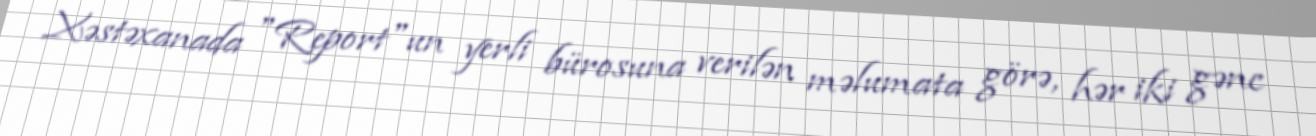
Xəstəxanada "Report"un yerli bürosuna verilən məlumata görə, hər iki gənc